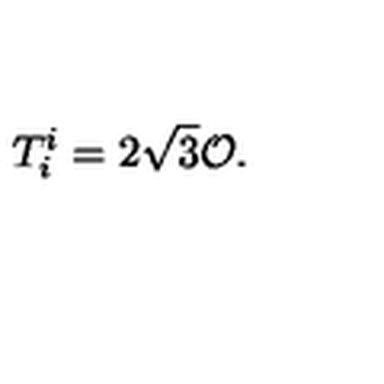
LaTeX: T _ { i } ^ { i } = 2 \sqrt { 3 } \mathcal { O } .